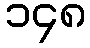
၁၄၈